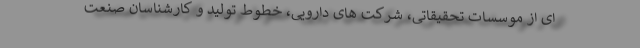
ای از موسسات تحقیقاتی، شرکت های دارویی، خطوط تولید و کارشناسان صنعت